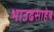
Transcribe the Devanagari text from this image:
भाउढसाहेब